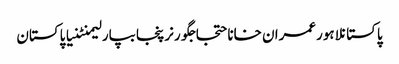
پاکستانلاہورعمران خاناحتجاجگورنرپنجابپارلیمنٹنیا پاکستان